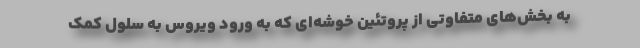
به بخش‌های متفاوتی از پروتئین خوشه‌ای که به ورود ویروس به سلول کمک